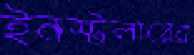
ইনস্টলারের